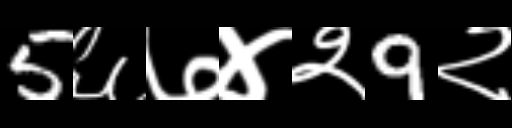
Text: 5६७४२9२